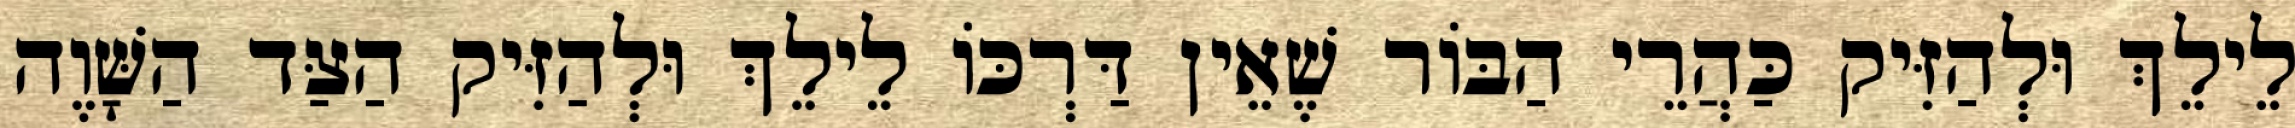
לֵילֵךְ וּלְהַזִּיק כַּהֲרֵי הַבּוֹר שֶׁאֵין דַּרְכּוֹ לֵילֵךְ וּלְהַזִּיק הַצַּד הַשָּׁוֶה